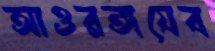
আওরঙ্গযেব